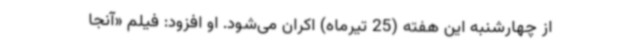
از چهارشنبه این هفته (25 تیرماه) اکران می‌شود. او افزود: فیلم «آنجا